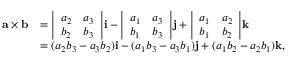
{ \begin{array} { r l } { \mathbf { a \times b } } & { = { \left| \begin{array} { l l } { a _ { 2 } } & { a _ { 3 } } \\ { b _ { 2 } } & { b _ { 3 } } \end{array} \right| } \mathbf { i } - { \left| \begin{array} { l l } { a _ { 1 } } & { a _ { 3 } } \\ { b _ { 1 } } & { b _ { 3 } } \end{array} \right| } \mathbf { j } + { \left| \begin{array} { l l } { a _ { 1 } } & { a _ { 2 } } \\ { b _ { 1 } } & { b _ { 2 } } \end{array} \right| } \mathbf { k } } \\ & { = ( a _ { 2 } b _ { 3 } - a _ { 3 } b _ { 2 } ) \mathbf { i } - ( a _ { 1 } b _ { 3 } - a _ { 3 } b _ { 1 } ) \mathbf { j } + ( a _ { 1 } b _ { 2 } - a _ { 2 } b _ { 1 } ) \mathbf { k } , } \end{array} }